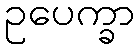
ဥပေက္ခာ